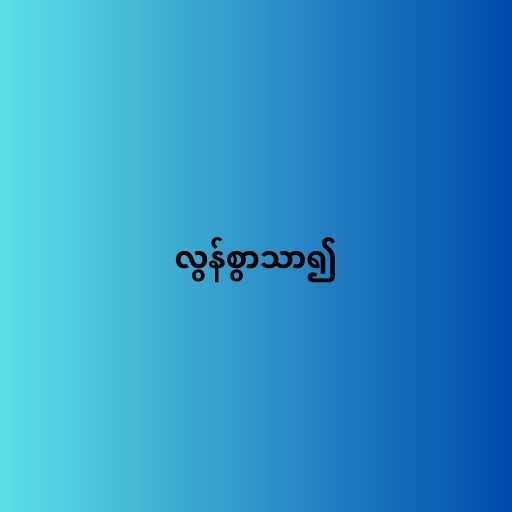
လွန်စွာသာ၍